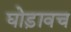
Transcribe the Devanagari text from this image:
घोड़ावच